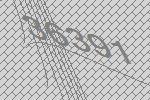
36391